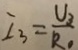
I _ { 3 } = \frac { U _ { 3 } } { R _ { 0 } }